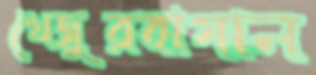
খেজুরবাগান